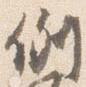
例